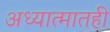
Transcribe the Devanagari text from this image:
अध्यात्मातही